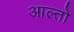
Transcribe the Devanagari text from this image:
आल्तो